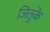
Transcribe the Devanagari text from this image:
जितुके